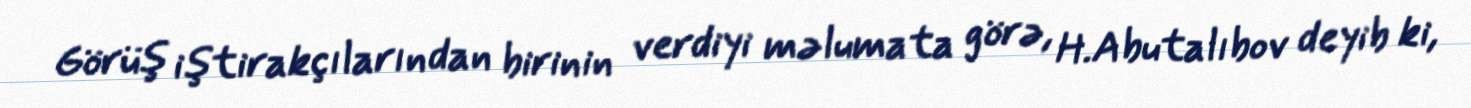
Görüş iştirakçılarından birinin verdiyi məlumata görə, H.Abutalıbov deyib ki,